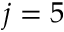
j = 5